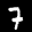
Label: 7